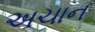
અચાન